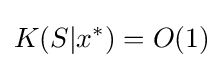
K(S|x^{*})=O(1)